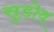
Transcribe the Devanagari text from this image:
सुडोव